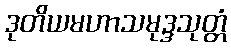
ဒုတိယမဟာသမုဒ္ဒသုတ္တံ